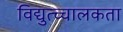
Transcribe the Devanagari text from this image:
विद्युत्च्चालकता